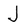
Character: J